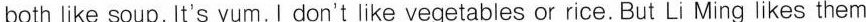
both like soup. It's yum.I don't like vegetables or rice. But Li Ming likes them